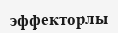
эффекторлы